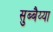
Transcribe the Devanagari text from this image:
सुब्बैय्या